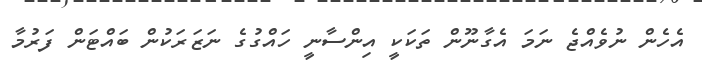
އެހެން ނުވެއްޖެ ނަމަ އެގާނޫން ތަކަކީ އިންސާނީ ހައްގުގެ ނަޒަރަކުން ބައްޓަން ފަރުމާ